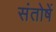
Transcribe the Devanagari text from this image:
संतोषें